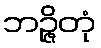
ဘဉ္ဇိတုံ